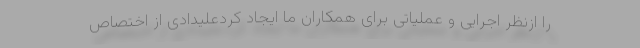
را ازنظر اجرایی و عملیاتی برای همکاران ما ایجاد کردعلیدادی از اختصاص